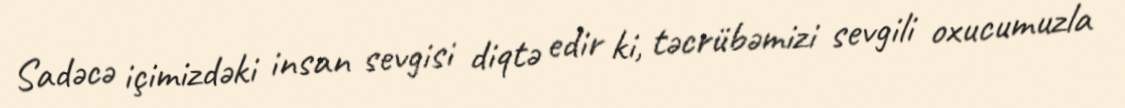
Sadəcə içimizdəki insan sevgisi diqtə edir ki, təcrübəmizi sevgili oxucumuzla